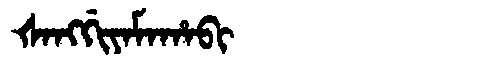
Manchu: ᡧᠠᠩᡤᡳᠶᠠᠮᠠᡥᠠᠪᡳ
Romanization: ŠANGGIYAMAHABI